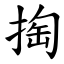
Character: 掏